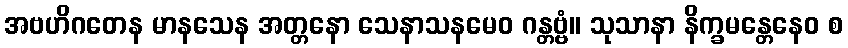
အဗဟိဂတေန မာနသေန အတ္တနော သေနာသနမေဝ ဂန္တဗ္ဗံ။ သုသာနာ နိက္ခမန္တေနေဝ စ